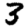
Digit: 3